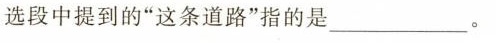
选段中提到的”这条道路”指的是___。